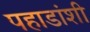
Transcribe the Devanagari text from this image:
पहाडांशी